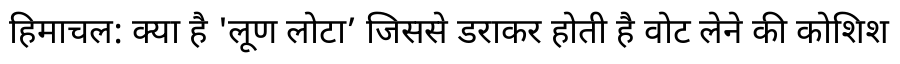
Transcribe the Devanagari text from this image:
हिमाचल: क्या है 'लूण लोटा’ जिससे डराकर होती है वोट लेने की कोशिश